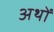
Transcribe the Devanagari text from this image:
अथों